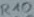
Text: R10